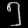
Digit: ၅